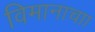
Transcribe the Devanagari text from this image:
विमानाचाा